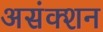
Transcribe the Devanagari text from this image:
असंक्शन